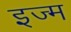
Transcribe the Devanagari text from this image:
इज्म